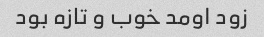
زود اومد خوب و تازه بود